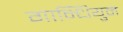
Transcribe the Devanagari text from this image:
गान्धियुम